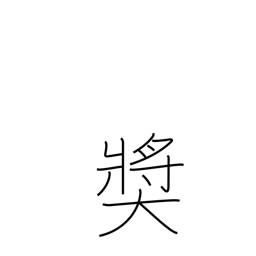
Meaning: give award to